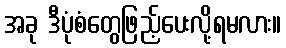
အခု ဒီပုံစံတွေဖြည့်ပေးလို့ရမလား။